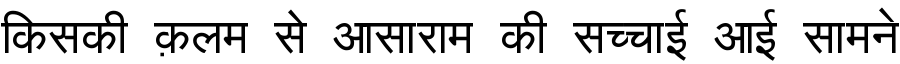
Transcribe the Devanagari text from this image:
किसकी क़लम से आसाराम की सच्चाई आई सामने